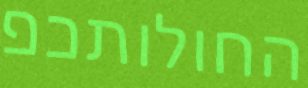
החולותכפ